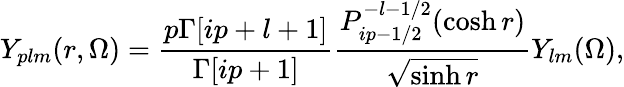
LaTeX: Y_{plm}(r,\Omega)=\frac{p\Gamma[ip+l+1]}{\Gamma[ip+1]}\frac{P_{ip-1/2}^{-l-1/2}(\cosh r)}{\sqrt{\sinh r}}Y_{lm}(\Omega),